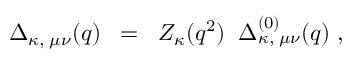
\Delta _ { \kappa , \; \mu \nu } ( q ) \; \; = \; \; { \cal Z } _ { \kappa } ( q ^ { 2 } ) \; \; \Delta _ { \kappa , \; \mu \nu } ^ { ( 0 ) } ( q ) \; ,